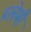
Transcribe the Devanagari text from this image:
ब्लेमी